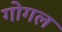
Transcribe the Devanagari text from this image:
गोगल